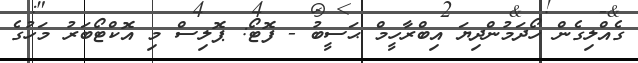
ގެއްލިގެން ހޯދަމުންދިޔަ އިބްރާހީމް ޙަސީބު - ފޮޓޯ: ޕޮލިސް މި އޮކްޓޯބަރު މަހުގެ